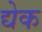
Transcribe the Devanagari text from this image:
द्येक